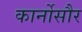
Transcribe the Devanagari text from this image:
कार्नोसौर